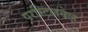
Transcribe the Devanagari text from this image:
परस्टिलवेल